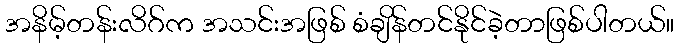
အနိမ့်တန်းလိဂ်က အသင်းအဖြစ် စံချိန်တင်နိုင်ခဲ့တာဖြစ်ပါတယ်။